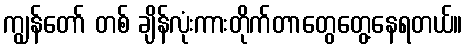
ကျွန်တော် တစ် ချိန်လုံးကားတိုက်တာတွေတွေ့နေရတယ်။